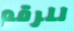
للرقم